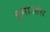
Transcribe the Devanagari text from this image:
इमाओस